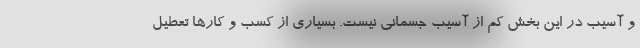
و آسیب در این بخش کم از آسیب جسمانی نیست. بسیاری از کسب و کارها تعطیل